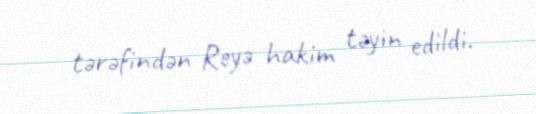
tərəfindən Reyə hakim təyin edildi.